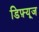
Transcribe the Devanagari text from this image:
डिफ़्यूज